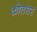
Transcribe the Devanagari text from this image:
कोतघर